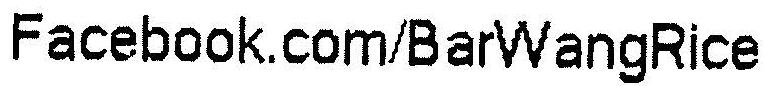
FACEBOOK.COM/BARWANGRICE